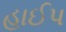
હાઈપ